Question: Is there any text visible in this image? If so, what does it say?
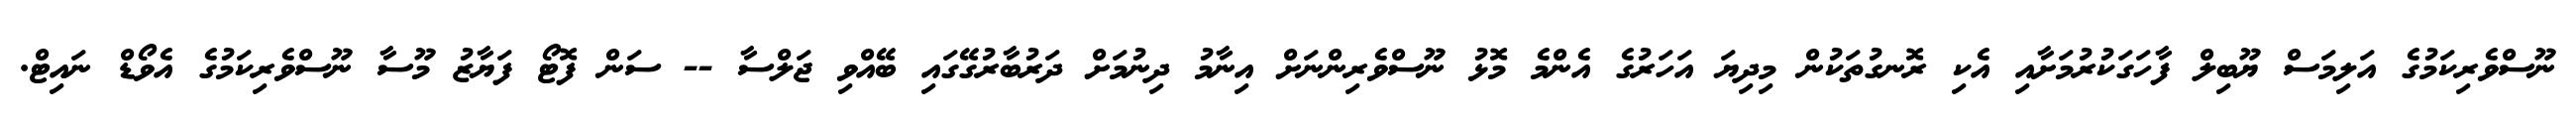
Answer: ނޫސްވެރިކަމުގެ އަލިމަސް ޔޫބިލް ފާހަގަކުރުމަށާއި އެކި ރޮނގުތަކުން މިދިޔަ އަހަރުގެ އެންމެ މޮޅު ނޫސްވެރިންނަށް އިނާމު ދިނުމަށް ދަރުބާރުގޭގައި ބޭއްވި ޖަލްސާ -- ސަން ފޮޓޯ ފަޔާޒު މޫސާ ނޫސްވެރިކަމުގެ އެވޯޑް ނައިޓް.